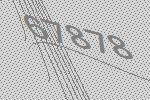
67878